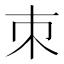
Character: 朿